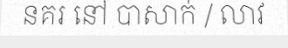
នគរ នៅ បាសាក់ / លាវ